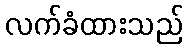
လက်ခံထားသည်